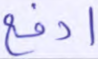
ادفع